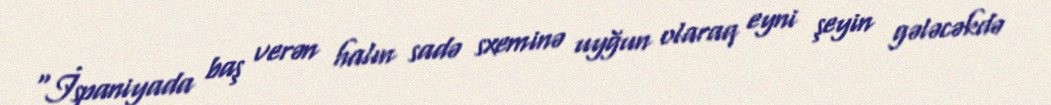
“İspaniyada baş verən halın sadə sxeminə uyğun olaraq eyni şeyin gələcəkdə